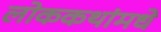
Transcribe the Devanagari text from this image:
लोककथांमधे